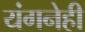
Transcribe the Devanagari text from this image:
यंगनेही